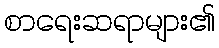
စာရေးဆရာများ၏